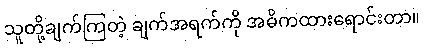
သူတို့ချက်ကြတဲ့ ချက်အရက်ကို အဓိကထားရောင်းတာ။